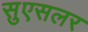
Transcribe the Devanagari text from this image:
सुएसलर